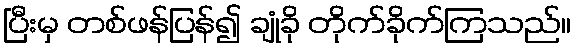
ပြီးမှ တစ်ဖန်ပြန်၍ ချုံခို တိုက်ခိုက်ကြသည်။